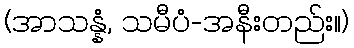
(အာသန္နံ, သမီပံ-အနီးတည်း။)